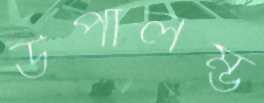
উপালম্ভ